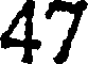
47